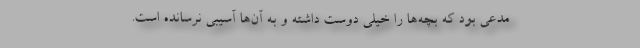
مدعی بود که بچه‌ها را خیلی دوست داشته و به آن‌ها آسیبی نرسانده است.